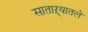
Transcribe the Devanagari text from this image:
साताऱ्यातले